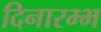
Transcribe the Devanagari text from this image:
दिनारम्भ